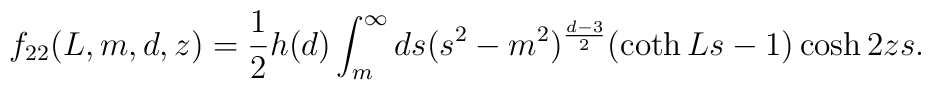
f_{22}(L,m,d,z)=\frac{1}{2}h(d)\int_{m}^{\infty}ds(s^2-m^2)^{\frac{d-3}{2}}(\coth Ls-1)\cosh 2zs.